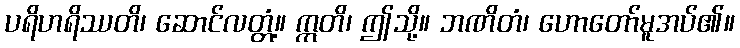
ပရိဟရိဿတိ၊ ဆောင်လတ္တံ့။ ဣတိ၊ ဤသို့။ ဘဏိတံ၊ ဟောတော်မူအပ်၏။